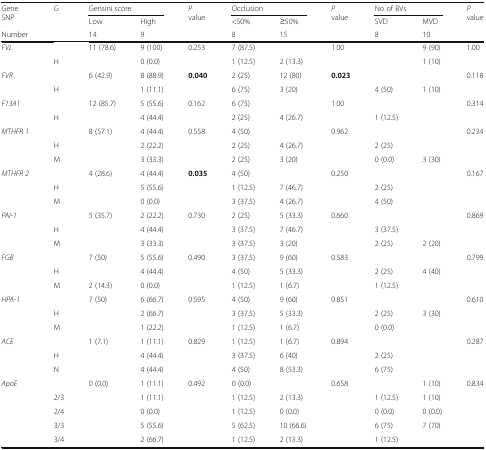
<table><thead><tr><td rowspan="2"><b>Gene SNP</b></td><td rowspan="3"><b>G</b></td><td colspan="2"><b>Gensini score</b></td><td rowspan="3"><b><i>P</i> value</b></td><td colspan="2"><b>Occlusion</b></td><td rowspan="3"><b><i>P</i> value</b></td><td colspan="2"><b>No of BVs</b></td><td rowspan="3"><b><i>P</i> value</b></td></tr><tr><td><b>Low</b></td><td><b>High</b></td><td><b>&lt;50%</b></td><td><b>≥50%</b></td><td><b>SVD</b></td><td><b>MVD</b></td></tr><tr><td><b>Number</b></td><td><b>14</b></td><td><b>9</b></td><td><b>8</b></td><td><b>15</b></td><td><b>8</b></td><td><b>10</b></td></tr></thead><tbody><tr><td rowspan="2"><i>FVL</i></td><td>[EMPTY_CELL]</td><td>11 (78.6)</td><td>9 (100)</td><td rowspan="2">0.253</td><td>7 (87.5)</td><td>[EMPTY_CELL]</td><td>1.00</td><td>[EMPTY_CELL]</td><td>9 (90)</td><td rowspan="2">1.00</td></tr><tr><td>H</td><td>[EMPTY_CELL]</td><td>0 (0.0)</td><td>1 (12.5)</td><td>2 (13.3)</td><td>[EMPTY_CELL]</td><td>[EMPTY_CELL]</td><td>1 (10)</td></tr><tr><td rowspan="2"><i>FVR</i></td><td>[EMPTY_CELL]</td><td>6 (42.9)</td><td>8 (88.9)</td><td rowspan="2"><b>0.040</b></td><td>2 (25)</td><td>12 (80)</td><td rowspan="2"><b>0.023</b></td><td>[EMPTY_CELL]</td><td>[EMPTY_CELL]</td><td rowspan="2">0.118</td></tr><tr><td>H</td><td>[EMPTY_CELL]</td><td>1 (11.1)</td><td>6 (75)</td><td>3 (20)</td><td>4 (50)</td><td>1 (10)</td></tr><tr><td rowspan="2"><i>F13A1</i></td><td>[EMPTY_CELL]</td><td>12 (85.7)</td><td>5 (55.6)</td><td rowspan="2">0.162</td><td>6 (75)</td><td>[EMPTY_CELL]</td><td rowspan="2">1.00</td><td>[EMPTY_CELL]</td><td>[EMPTY_CELL]</td><td rowspan="2">0.314</td></tr><tr><td>H</td><td>[EMPTY_CELL]</td><td>4 (44.4)</td><td>2 (25)</td><td>4 (26.7)</td><td>1 (12.5)</td><td>[EMPTY_CELL]</td></tr><tr><td rowspan="3"><i>MTHFR 1</i></td><td>[EMPTY_CELL]</td><td>8 (57.1)</td><td>4 (44.4)</td><td rowspan="3">0.558</td><td>4 (50)</td><td>[EMPTY_CELL]</td><td rowspan="3">0.962</td><td>[EMPTY_CELL]</td><td>[EMPTY_CELL]</td><td rowspan="3">0.234</td></tr><tr><td>H</td><td>[EMPTY_CELL]</td><td>2 (22.2)</td><td>2 (25)</td><td>4 (26.7)</td><td>2 (25)</td><td>[EMPTY_CELL]</td></tr><tr><td>M</td><td>[EMPTY_CELL]</td><td>3 (33.3)</td><td>2 (25)</td><td>3 (20)</td><td>0 (0.0)</td><td>3 (30)</td></tr><tr><td rowspan="3"><i>MTHFR 2</i></td><td>[EMPTY_CELL]</td><td>4 (28.6)</td><td>4 (44.4)</td><td rowspan="3"><b>0.035</b></td><td>4 (50)</td><td>[EMPTY_CELL]</td><td rowspan="3">0.250</td><td>[EMPTY_CELL]</td><td>[EMPTY_CELL]</td><td rowspan="3">0.167</td></tr><tr><td>H</td><td>[EMPTY_CELL]</td><td>5 (55.6)</td><td>1 (12.5)</td><td>7 (46.7)</td><td>2 (25)</td><td>[EMPTY_CELL]</td></tr><tr><td>M</td><td>[EMPTY_CELL]</td><td>0 (0.0)</td><td>3 (37.5)</td><td>4 (26.7)</td><td>4 (50)</td><td>[EMPTY_CELL]</td></tr><tr><td rowspan="3"><i>PAI-1</i></td><td>[EMPTY_CELL]</td><td>5 (35.7)</td><td>2 (22.2)</td><td rowspan="3">0.730</td><td>2 (25)</td><td>5 (33.3)</td><td rowspan="3">0.660</td><td>[EMPTY_CELL]</td><td>[EMPTY_CELL]</td><td rowspan="3">0.869</td></tr><tr><td>H</td><td>[EMPTY_CELL]</td><td>4 (44.4)</td><td>3 (37.5)</td><td>7 (46.7)</td><td>3 (37.5)</td><td>[EMPTY_CELL]</td></tr><tr><td>M</td><td>[EMPTY_CELL]</td><td>3 (33.3)</td><td>3 (37.5)</td><td>3 (20)</td><td>2 (25)</td><td>2 (20)</td></tr><tr><td rowspan="3"><i>FGB</i></td><td>[EMPTY_CELL]</td><td>7 (50)</td><td>5 (55.6)</td><td rowspan="3">0.490</td><td>3 (37.5)</td><td>9 (60)</td><td rowspan="3">0.583</td><td>[EMPTY_CELL]</td><td>[EMPTY_CELL]</td><td rowspan="3">0.799</td></tr><tr><td>H</td><td>[EMPTY_CELL]</td><td>4 (44.4)</td><td>4 (50)</td><td>5 (33.3)</td><td>2 (25)</td><td>4 (40)</td></tr><tr><td>M</td><td>2 (14.3)</td><td>0 (0.0)</td><td>1 (12.5)</td><td>1 (6.7)</td><td>1 (12.5)</td><td>[EMPTY_CELL]</td></tr><tr><td rowspan="3"><i>HPA-1</i></td><td>[EMPTY_CELL]</td><td>7 (50)</td><td>6 (66.7)</td><td rowspan="3">0.595</td><td>4 (50)</td><td>9 (60)</td><td rowspan="3">0.851</td><td>[EMPTY_CELL]</td><td>[EMPTY_CELL]</td><td rowspan="3">0.610</td></tr><tr><td>H</td><td>[EMPTY_CELL]</td><td>2 (66.7)</td><td>3 (37.5)</td><td>5 (33.3)</td><td>2 (25)</td><td>3 (30)</td></tr><tr><td>M</td><td>[EMPTY_CELL]</td><td>1 (22.2)</td><td>1 (12.5)</td><td>1 (6.7)</td><td>0 (0.0)</td><td>[EMPTY_CELL]</td></tr><tr><td rowspan="3"><i>ACE</i></td><td>[EMPTY_CELL]</td><td>1 (7.1)</td><td>1 (11.1)</td><td rowspan="3">0.829</td><td>1 (12.5)</td><td>1 (6.7)</td><td rowspan="3">0.894</td><td>[EMPTY_CELL]</td><td>[EMPTY_CELL]</td><td rowspan="3">0.287</td></tr><tr><td>H</td><td>[EMPTY_CELL]</td><td>4 (44.4)</td><td>3 (37.5)</td><td>6 (40)</td><td>2 (25)</td><td>[EMPTY_CELL]</td></tr><tr><td>N</td><td>[EMPTY_CELL]</td><td>4 (44.4)</td><td>4 (50)</td><td>8 (53.3)</td><td>6 (75)</td><td>[EMPTY_CELL]</td></tr><tr><td rowspan="5"><i>ApoE</i></td><td>[EMPTY_CELL]</td><td>0 (0.0)</td><td>1 (11.1)</td><td rowspan="5">0.492</td><td>0 (0.0)</td><td>[EMPTY_CELL]</td><td rowspan="5">0.658</td><td>[EMPTY_CELL]</td><td>1 (10)</td><td rowspan="5">0.834</td></tr><tr><td>2/3</td><td>[EMPTY_CELL]</td><td>1 (11.1)</td><td>1 (12.5)</td><td>2 (13.3)</td><td>1 (12.5)</td><td>1 (10)</td></tr><tr><td>2/4</td><td>[EMPTY_CELL]</td><td>0 (0.0)</td><td>1 (12.5)</td><td>0 (0.0)</td><td>0 (0.0)</td><td>0 (0.0)</td></tr><tr><td>3/3</td><td>[EMPTY_CELL]</td><td>5 (55.6)</td><td>5 (62.5)</td><td>10 (66.6)</td><td>6 (75)</td><td>7 (70)</td></tr><tr><td>3/4</td><td>[EMPTY_CELL]</td><td>2 (66.7)</td><td>1 (12.5)</td><td>2 (13.3)</td><td>1 (12.5)</td><td>[EMPTY_CELL]</td></tr></tbody></table>